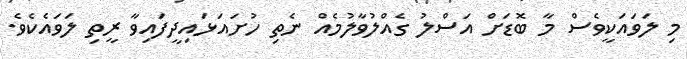
މި ލަވައަކީވެސް މާ ބޮޑަށް އަސްލު ގެއްލުވާލުމެއް ނެތި ހުށައަޅައިދީފައިވާ ރީތި ލަވައެކެވެ.